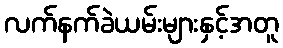
လက်နက်ခဲယမ်းများနှင့်အတူ